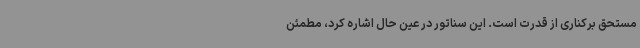
مستحق برکناری از قدرت است. این سناتور در عین حال اشاره کرد، مطمئن